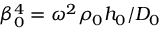
\beta _ { 0 } ^ { 4 } = \omega ^ { 2 } \rho _ { 0 } h _ { 0 } / D _ { 0 }